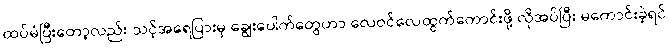
ထပ်မံပြီးတော့လည်း သင့်အရေပြားမှ ချွေးပေါက်တွေဟာ လေဝင်လေထွက်ကောင်းဖို့ လိုအပ်ပြီး မကောင်းခဲ့ရင်